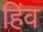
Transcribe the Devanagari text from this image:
हिंव